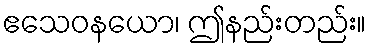
ဧသေဝနယော၊ ဤနည်းတည်း။